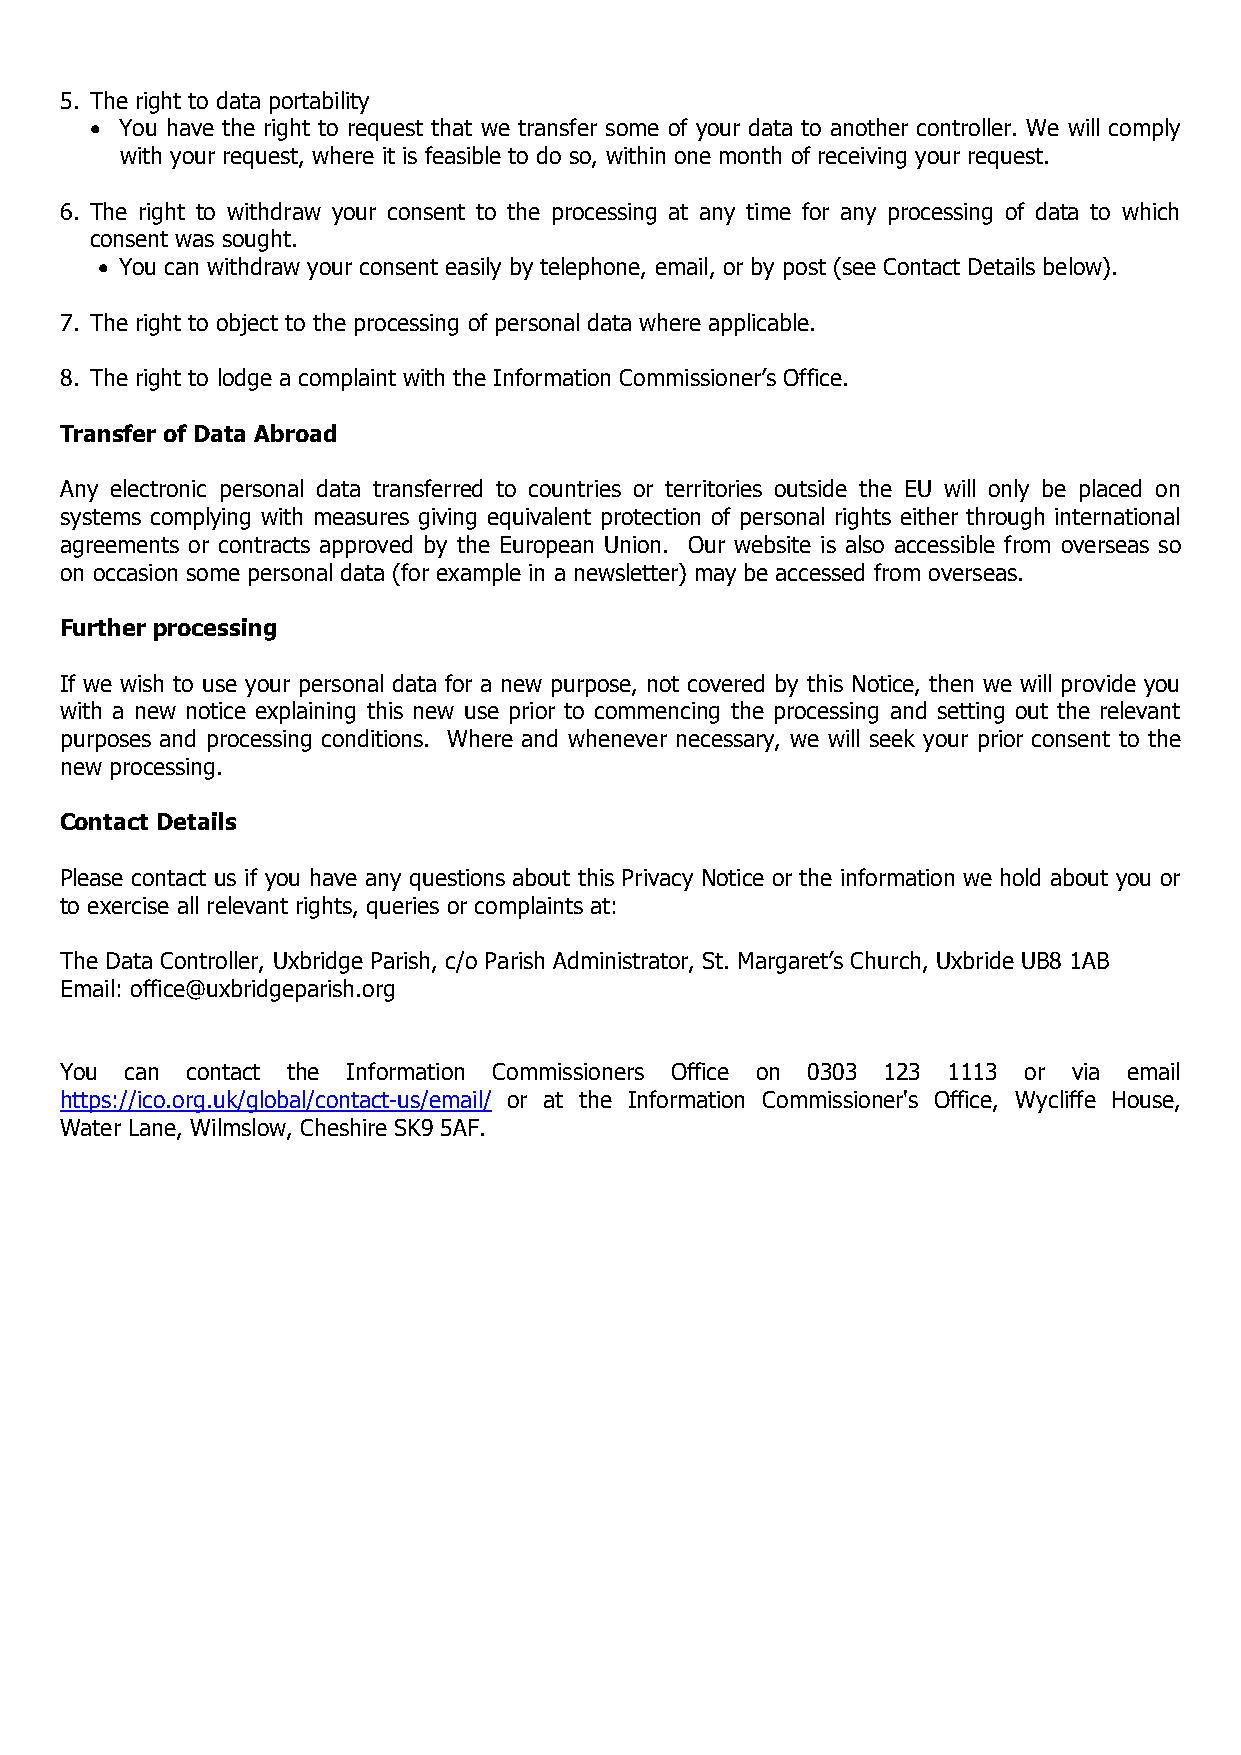
5. The right to data portability
 • You have the right to request that we transfer some of your data to another controller. We will comply
 with your request, where it is feasible to do so, within one month of receiving your request.
 6. The right to withdraw your consent to the processing at any time for any processing of data to which
 consent was sought.
 • You can withdraw your consent easily by telephone, email, or by post (see Contact Details below).
 7. The right to object to the processing of personal data where applicable.
 8. The right to lodge a complaint with the Information Commissioner’s Office.
 Transfer of Data Abroad
 Any electronic personal data transferred to countries or territories outside the EU will only be placed on
 systems complying with measures giving equivalent protection of personal rights either through international
 agreements or contracts approved by the European Union. Our website is also accessible from overseas so
 on occasion some personal data (for example in a newsletter) may be accessed from overseas.
 Further processing
 If we wish to use your personal data for a new purpose, not covered by this Notice, then we will provide you
 with a new notice explaining this new use prior to commencing the processing and setting out the relevant
 purposes and processing conditions. Where and whenever necessary, we will seek your prior consent to the
 new processing.
 Contact Details
 Please contact us if you have any questions about this Privacy Notice or the information we hold about you or
 to exercise all relevant rights, queries or complaints at:
 The Data Controller, Uxbridge Parish, c/o Parish Administrator, St. Margaret’s Church, Uxbride UB8 1AB
 Email: office@uxbridgeparish.org
 You can contact the Information Commissioners Office on 0303 123 1113 or via email
 https://ico.org.uk/global/contact-us/email/ or at the Information Commissioner's Office, Wycliffe House,
 Water Lane, Wilmslow, Cheshire SK9 5AF.